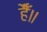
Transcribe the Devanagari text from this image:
हैँ॥